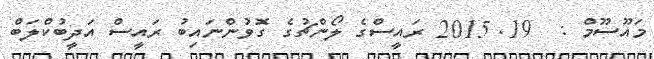
މައޫސޫމް :  19